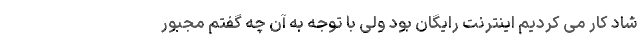
شاد کار می کردیم اینترنت رایگان بود ولی با توجه به آن چه گفتم مجبور